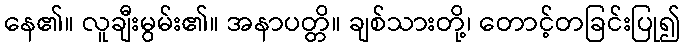
နေ၏။ လူချီးမွမ်း၏။ အနာပတ္တိ။ ချစ်သားတို့၊ တောင့်တခြင်းပြု၍